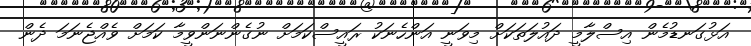
އަޅުގަނޑުމެން އިސްލާމީ ދައުލަތަކަށް މިވަނީ އަންހެނަކު ރައީސްކަމަށް ނުގެންނަންވީމާ ކަމަށް ވެއްޖެނަމަ ދެން